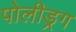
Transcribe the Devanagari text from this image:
पोलीड्रग